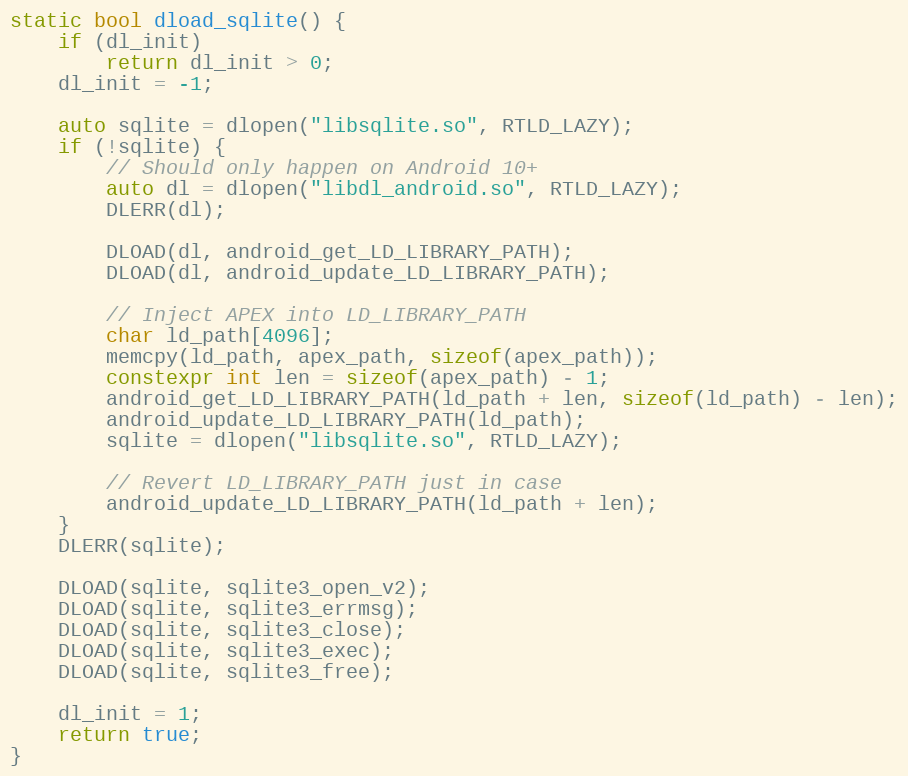
Language: C++
static bool dload_sqlite() {
    if (dl_init)
        return dl_init > 0;
    dl_init = -1;

    auto sqlite = dlopen("libsqlite.so", RTLD_LAZY);
    if (!sqlite) {
        // Should only happen on Android 10+
        auto dl = dlopen("libdl_android.so", RTLD_LAZY);
        DLERR(dl);

        DLOAD(dl, android_get_LD_LIBRARY_PATH);
        DLOAD(dl, android_update_LD_LIBRARY_PATH);

        // Inject APEX into LD_LIBRARY_PATH
        char ld_path[4096];
        memcpy(ld_path, apex_path, sizeof(apex_path));
        constexpr int len = sizeof(apex_path) - 1;
        android_get_LD_LIBRARY_PATH(ld_path + len, sizeof(ld_path) - len);
        android_update_LD_LIBRARY_PATH(ld_path);
        sqlite = dlopen("libsqlite.so", RTLD_LAZY);

        // Revert LD_LIBRARY_PATH just in case
        android_update_LD_LIBRARY_PATH(ld_path + len);
    }
    DLERR(sqlite);

    DLOAD(sqlite, sqlite3_open_v2);
    DLOAD(sqlite, sqlite3_errmsg);
    DLOAD(sqlite, sqlite3_close);
    DLOAD(sqlite, sqlite3_exec);
    DLOAD(sqlite, sqlite3_free);

    dl_init = 1;
    return true;
}